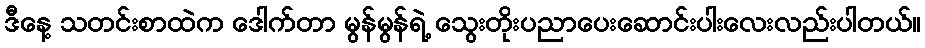
ဒီနေ့ သတင်းစာထဲက ဒေါက်တာ မွန်မွန်ရဲ့ သွေးတိုးပညာပေးဆောင်းပါးလေးလည်းပါတယ်။